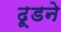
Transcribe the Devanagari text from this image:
ढूडने